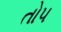
તો૫